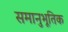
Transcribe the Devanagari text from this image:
समानुभूतिक